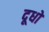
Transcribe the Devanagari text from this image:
दूधों